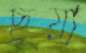
ছুয়া